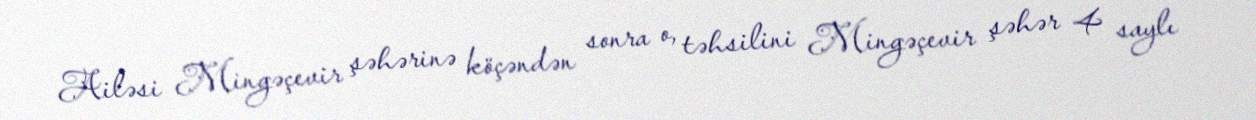
Ailəsi Mingəçevir şəhərinə köçəndən sonra o, təhsilini Mingəçevir şəhər 4 saylı